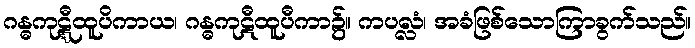
ဂန္ဓကုဋ္ဋီထူပိကာယ၊ ဂန္ဓကုဋီထူပီကာ၌။ ကပလ္လံ၊ အခံဖြစ်သောကြာခွက်သည်။